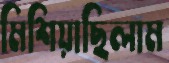
মিশিয়াছিলাম